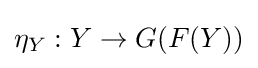
\eta _{Y}:Y\to G(F(Y))